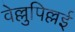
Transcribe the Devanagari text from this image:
वेल्लुपिल्लई